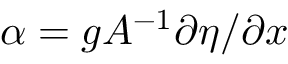
\alpha = g A ^ { - 1 } \partial \eta / \partial x